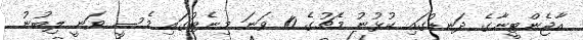
އާޖެންޓީނާގެ ދަނޑުގައި ކުޅުނު މެޗުގެ 10 ވަނަ މިނެޓުގައި މެސީ ވަނީ ލިބުނު